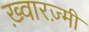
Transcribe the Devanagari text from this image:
ख़्वारज़्मी